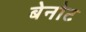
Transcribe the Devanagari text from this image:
बेनोट